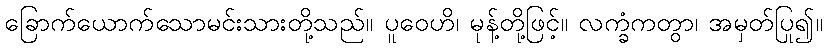
ခြောက်ယောက်သောမင်းသားတို့သည်။ ပူဝေဟိ၊ မုန့်တို့ဖြင့်။ လက္ခံကတွာ၊ အမှတ်ပြု၍။